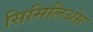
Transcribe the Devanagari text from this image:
सिसिलिअंस